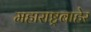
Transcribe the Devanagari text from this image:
महाराष्ट्रबाहेर